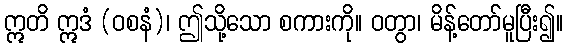
ဣတိ ဣဒံ (ဝစနံ)၊ ဤသို့သော စကားကို။ ဝတွာ၊ မိန့်တော်မူပြီး၍။